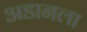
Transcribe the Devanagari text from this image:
अडानला